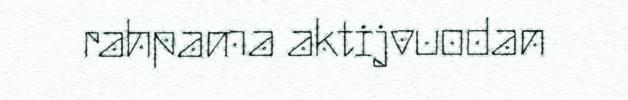
rahpama aktijvuodan